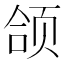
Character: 颌